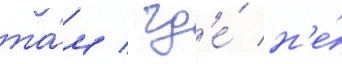
та́м / гд'е́ н'е́